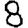
Digit: 8